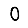
Digit: 0